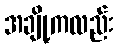
အချို့ကလည်း